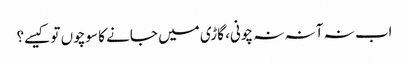
اب نہ آنہ نہ چونی، گاڑی میں جانے کا سوچوں تو کیسے؟